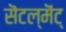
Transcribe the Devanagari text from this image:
सॆटल्‌मॆंट्